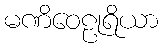
မဏိဝေဠုရိယာ